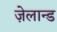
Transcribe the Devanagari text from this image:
ज़ेलान्ड